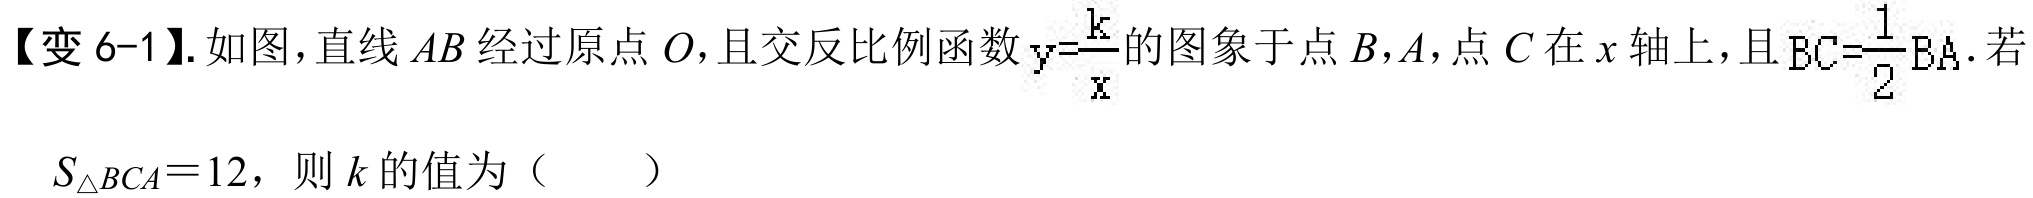
【变6-1】. 如图，直线\(AB\)经过原点\(O\)，且交反比例函数\(y = \frac{k}{x}\)的图象于点\(B\)，\(A\)，点\(C\)在\(x\)轴上，且\(BC=\frac{1}{2}BA\). 若\(S_{\triangle BCA}=12\)，则\(k\)的值为（  ）